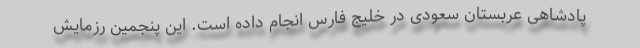
پادشاهی عربستان سعودی در خلیج فارس انجام داده است. این پنجمین رزمایش